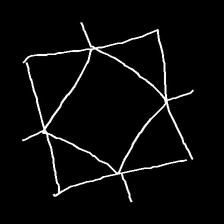
Glyph: light